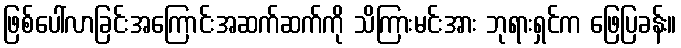
ဖြစ်ပေါ်လာခြင်းအကြောင်းအဆက်ဆက်ကို သိကြားမင်းအား ဘုရားရှင်က ဖြေပြခန်း။